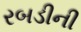
રબડીની